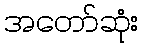
အတော်ဆုံး